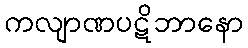
ကလျာဏပဋိဘာနော